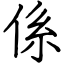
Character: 係